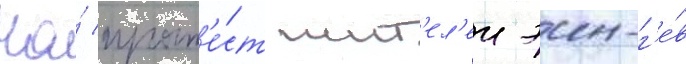
На́ прот'е́ст жит'ел'еи эин-г'е́в